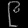
Digit: ၉